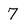
Character: 7